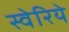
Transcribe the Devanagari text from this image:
स्वेरिये